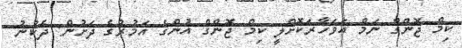
ކިމް ޖޮންގް ނަމް އަވަހާރަކޮށްލީ ކިމް ޖޮންގް އުންގެ އަމުރުގެ ދަށުން: ދެކުނު